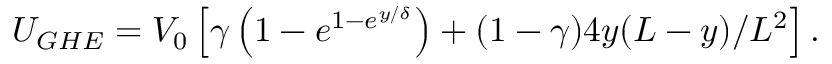
\begin{array} { r } { U _ { G H E } = V _ { 0 } \left[ \gamma \left( 1 - e ^ { 1 - e ^ { y / \delta } } \right) + ( 1 - \gamma ) 4 y ( L - y ) / L ^ { 2 } \right] . } \end{array}